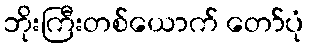
ဘိုးကြီးတစ်ယောက် တော်ပုံ